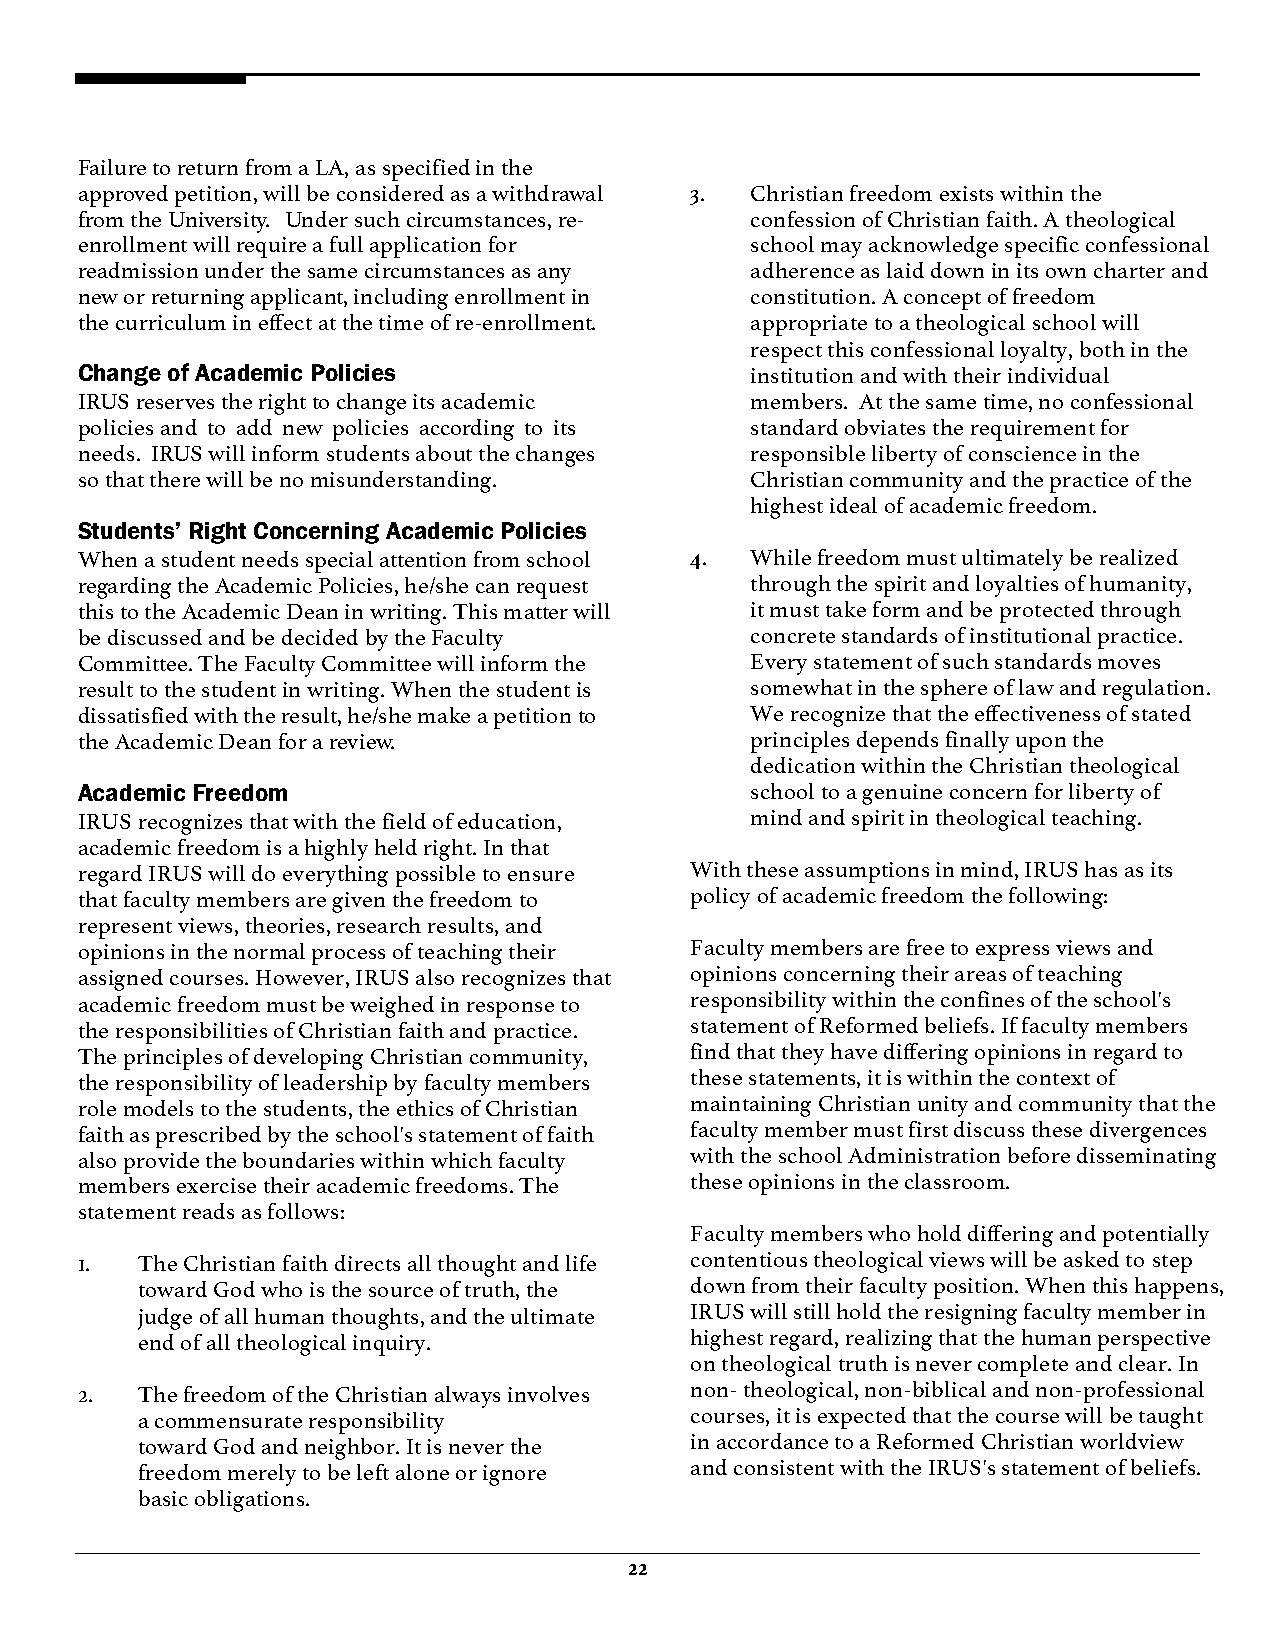
Failure to return from a LA, as specified in the
 approved petition, will be considered as a withdrawal 3. Christian freedom exists within the
 from the University. Under such circumstances, re- confession of Christian faith. A theological
 enrollment will require a full application for school may acknowledge specific confessional
 readmission under the same circumstances as any adherence as laid down in its own charter and
 new or returning applicant, including enrollment in constitution. A concept of freedom
 the curriculum in effect at the time of re-enrollment. appropriate to a theological school will
 respect this confessional loyalty, both in the
 Change of Academic Policies                  institution and with their individual
 IRUS reserves the right to change its academic members. At the same time, no confessional
 policies and to add new policies according to its standard obviates the requirement for
 needs. IRUS will inform students about the changes responsible liberty of conscience in the
 so that there will be no misunderstanding.   Christian community and the practice of the
 highest ideal of academic freedom.
 Students’ Right Concerning Academic Policies
 When a student needs special attention from school 4. While freedom must ultimately be realized
 regarding the Academic Policies, he/she can request through the spirit and loyalties of humanity,
 this to the Academic Dean in writing. This matter will it must take form and be protected through
 be discussed and be decided by the Faculty   concrete standards of institutional practice.
 Committee. The Faculty Committee will inform the Every statement of such standards moves
 result to the student in writing. When the student is somewhat in the sphere of law and regulation.
 dissatisfied with the result, he/she make a petition to We recognize that the effectiveness of stated
 the Academic Dean for a review.              principles depends finally upon the
 dedication within the Christian theological
 Academic Freedom                             school to a genuine concern for liberty of
 IRUS recognizes that with the field of education, mind and spirit in theological teaching.
 academic freedom is a highly held right. In that
 regard IRUS will do everything possible to ensure With these assumptions in mind, IRUS has as its
 that faculty members are given the freedom to policy of academic freedom the following:
 represent views, theories, research results, and
 opinions in the normal process of teaching their Faculty members are free to express views and
 assigned courses. However, IRUS also recognizes that opinions concerning their areas of teaching
 academic freedom must be weighed in response to responsibility within the confines of the school's
 the responsibilities of Christian faith and practice. statement of Reformed beliefs. If faculty members
 The principles of developing Christian community, find that they have differing opinions in regard to
 the responsibility of leadership by faculty members these statements, it is within the context of
 role models to the students, the ethics of Christian maintaining Christian unity and community that the
 faith as prescribed by the school's statement of faith faculty member must first discuss these divergences
 also provide the boundaries within which faculty with the school Administration before disseminating
 members exercise their academic freedoms. The these opinions in the classroom.
 statement reads as follows:
 Faculty members who hold differing and potentially
 1.  The Christian faith directs all thought and life contentious theological views will be asked to step
 toward God who is the source of truth, the down from their faculty position. When this happens,
 judge of all human thoughts, and the ultimate IRUS will still hold the resigning faculty member in
 end of all theological inquiry.      highest regard, realizing that the human perspective
 on theological truth is never complete and clear. In
 2.  The freedom of the Christian always involves non- theological, non-biblical and non-professional
 a commensurate responsibility        courses, it is expected that the course will be taught
 toward God and neighbor. It is never the in accordance to a Reformed Christian worldview
 freedom merely to be left alone or ignore and consistent with the IRUS's statement of beliefs.
 basic obligations.
 22